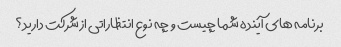
برنامه های آینده شما چیست و چه نوع انتظاراتی از شرکت دارید؟